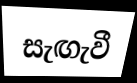
සැඟැවී